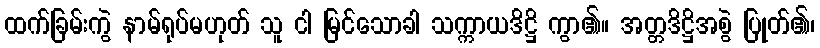
ထက်ခြမ်းကွဲ နာမ်ရုပ်မဟုတ် သူ ငါ မြင်သောခါ သက္ကာယဒိဋ္ဌိ ကွာ၏။ အတ္တဒိဋ္ဌိအစွဲ ပြုတ်၏၊